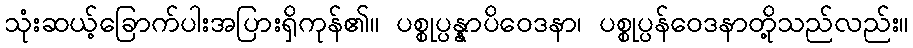
သုံးဆယ့်ခြောက်ပါးအပြားရှိကုန်၏။ ပစ္စုပ္ပန္နာပိဝေဒနာ၊ ပစ္စုပ္ပန်ဝေဒနာတို့သည်လည်း။